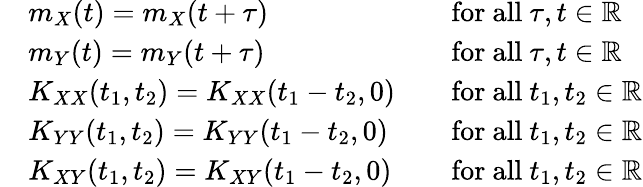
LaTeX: {\begin{array}{rlrl}&{m_{X}(t)=m_{X}(t+\tau)}&&{{\mathrm{for~all~}}\tau,t\in\mathbb{R}}\\ &{m_{Y}(t)=m_{Y}(t+\tau)}&&{{\mathrm{for~all~}}\tau,t\in\mathbb{R}}\\ &{K_{XX}(t_{1},t_{2})=K_{XX}(t_{1}-t_{2},0)}&&{{\mathrm{for~all~}}t_{1},t_{2}\in\mathbb{R}}\\ &{K_{YY}(t_{1},t_{2})=K_{YY}(t_{1}-t_{2},0)}&&{{\mathrm{for~all~}}t_{1},t_{2}\in\mathbb{R}}\\ &{K_{XY}(t_{1},t_{2})=K_{XY}(t_{1}-t_{2},0)}&&{{\mathrm{for~all~}}t_{1},t_{2}\in\mathbb{R}}\end{array}}